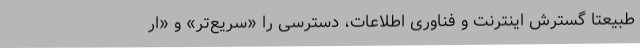
طبیعتاً گسترش اینترنت و فناوری اطلاعات، دسترسی را «سریع‌تر» و «ار